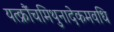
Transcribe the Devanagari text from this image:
यत्क्रौंचमिथुनादेकमवधि